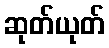
ဆုတ်ယုတ်